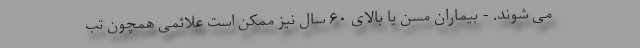
می شوند. - بیماران مسن یا بالای ۶۰ سال نیز ممکن است علائمی همچون تب